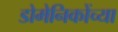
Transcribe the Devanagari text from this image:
डोमेनिकोंच्या